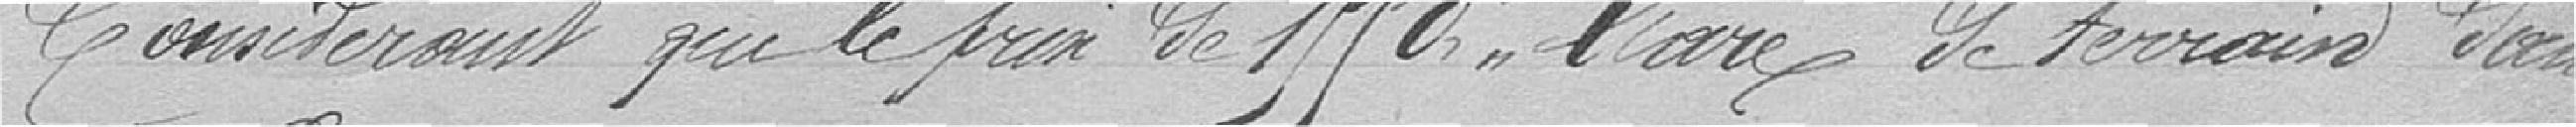
considérant que le prix de 1950 francs l'are de terrain dans